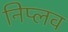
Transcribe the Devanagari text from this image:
निप्लव